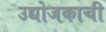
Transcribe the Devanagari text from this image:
उद्योजकाची